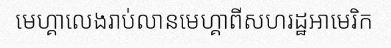
មេហ្គាលេងរាប់លានមេហ្គាពីសហរដ្ឋអាមេរិក